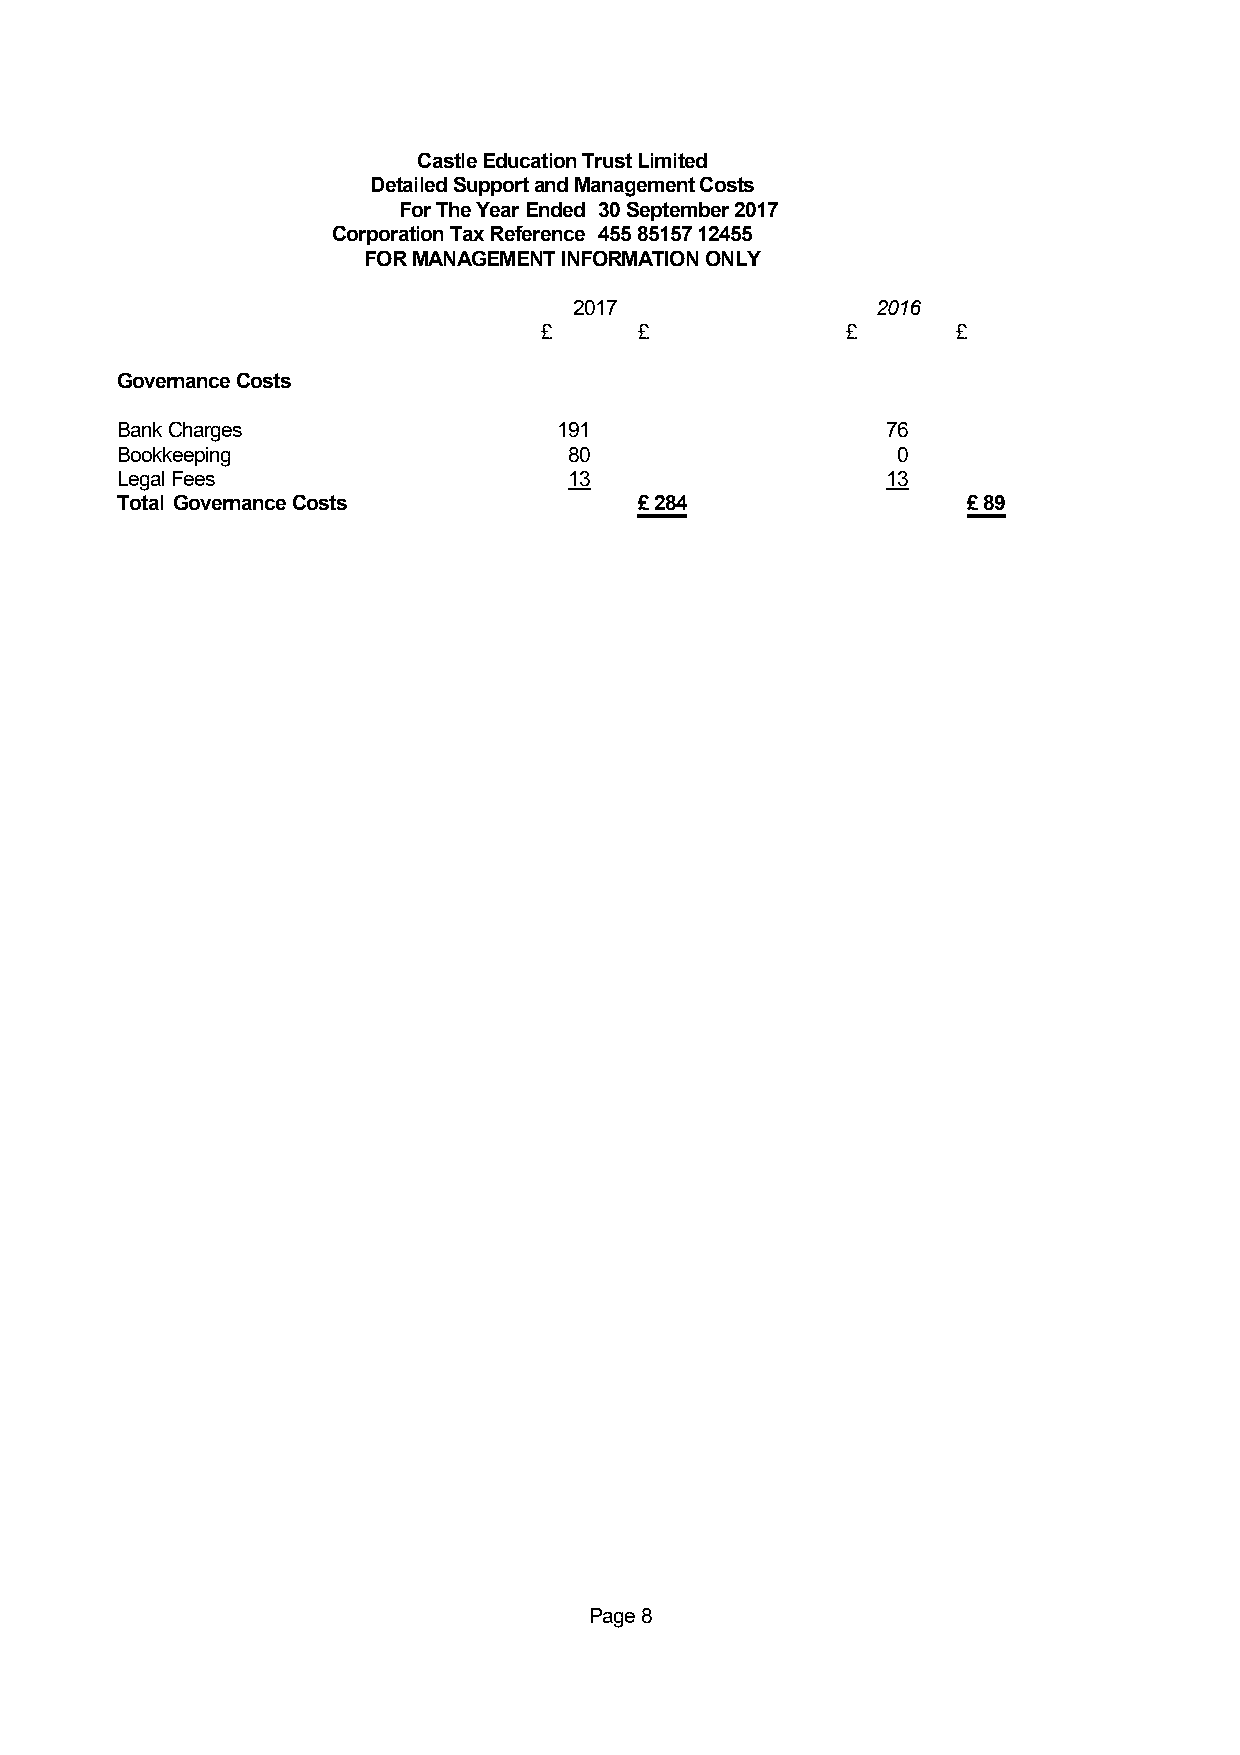
Castle Education Trust Limited
 Detailed Support and Management Costs
 For The Year Ended 30 September 2017
 Corporation Tax Reference 455 85157 12455
 FOR MANAGEMENT INFORMATION ONLY
 2017                2016
 £     £             £      £
 Governance Costs
 Bank Charges                 191                   76
 Bookkeeping                   80                   0
 Legal Fees                    13                   13
 Total Governance Costs            £ 284                 £ 89
 Page 8